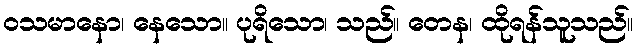
ဝသမာနော၊ နေသော။ ပုရိသော၊ သည်။ တေန၊ ထိုရန်သူသည်။